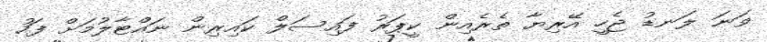
ވަނަ ލަނޑު ޖެހީ އޭރިޔާ ތެރެއިން ކީޕަރު ފައިސަލް ކައިރިން ނައްޓާލުމަށް ފަހު